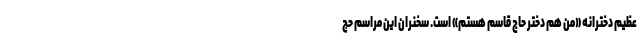
عظیم دخترانه «من هم دختر حاج قاسم هستم» است. سخنران این‌ مراسم حج